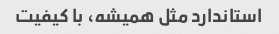
استاندارد مثل همیشه، با کیفیت